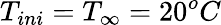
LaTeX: T_{ini}=T_{\infty}=20^{o}C